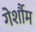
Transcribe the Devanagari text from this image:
गेर्शौम